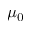
\mu _ { 0 }